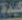
كيدة